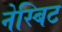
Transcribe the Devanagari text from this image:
नेस्बिट